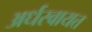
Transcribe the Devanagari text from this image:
अर्धस्वायत्त